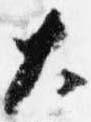
大